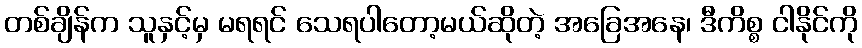
တစ်ချိန်က သူနှင့်မှ မရရင် သေရပါတော့မယ်ဆိုတဲ့ အခြေအနေ၊ ဒီကိစ္စ ငါနိုင်ကို